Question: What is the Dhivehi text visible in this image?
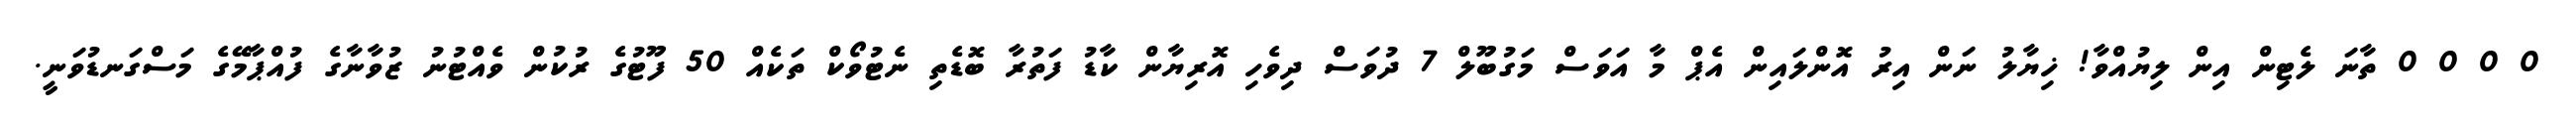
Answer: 0 0 0 0 ތާނަ ލެޓިން އިން ލިޔުއްވާ! ޚިޔާލު ނަން އިރު އޮންލައިން އެޕް މާ އަވަސް މަގުބޫލް 7 ދުވަސް ދިވެހި އޮރިޔާން ކާޑު ފަތުރާ ބޮޑެތި ނެޓުވޯކް ތަކެއް 50 ފޫޓުގެ ރުކުން ވެއްޓުނު ޒުވާނާގެ ފުއްޕާމޭގެ މަސްގަނޑުވަނީ.